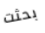
بحثت